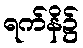
ရက်နိ၌